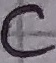
Text: C